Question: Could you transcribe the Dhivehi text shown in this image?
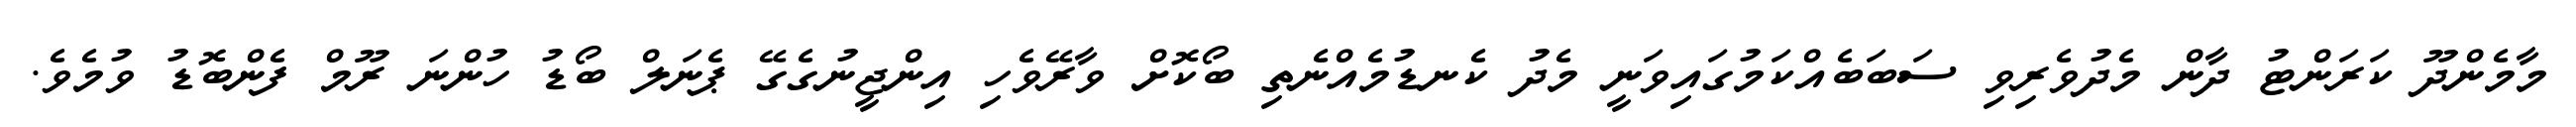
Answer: މާމެންދޫ ކަރަންޓު ދާން މެދުވެރިވި ސަބަބެއްކަމުގައިވަނީ މެދު ކެނޑުމެއްނެތި ބޯކޮށް ވާރޭވެހި އިންޖީނުގެގޭ ޕެނަލް ބޯޑު ހުންނަ ރޫމް ފެންބޮޑު ވުމެވެ.